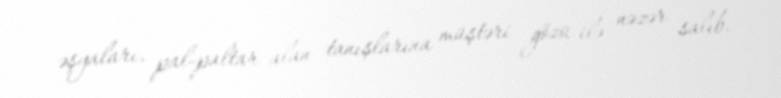
əşyaları, pal-paltar alan tanışlarına müştəri gözü ilə nəzər salıb.